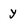
Character: y